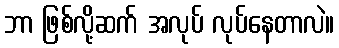
ဘာ ဖြစ်လို့ဆက် အလုပ် လုပ်နေတာလဲ။